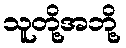
သူတို့အဘို့